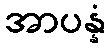
အာပန္နံ